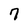
Character: 7